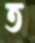
ত